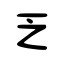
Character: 乏